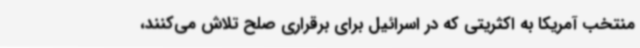
منتخب آمریکا به اکثریتی که در اسرائیل برای برقراری صلح تلاش می‌کنند،